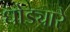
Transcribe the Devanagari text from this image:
धोड्यारे